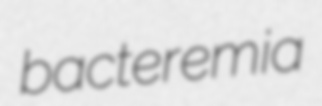
bacteremia